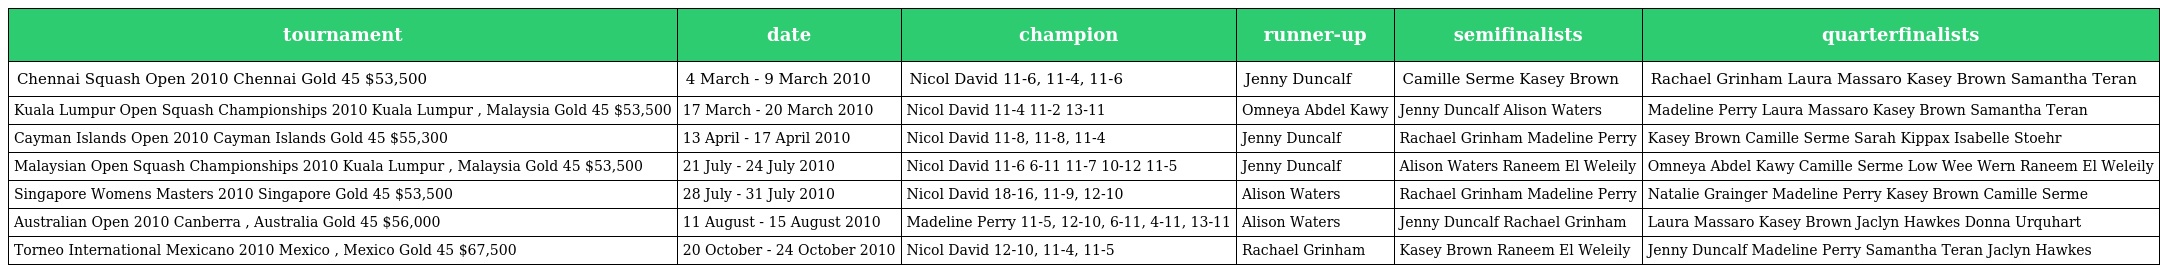
| tournament | date | champion | runner-up | semifinalists | quarterfinalists |
 | --- | --- | --- | --- | --- | --- |
 | Chennai Squash Open 2010 Chennai Gold 45 $53,500 | 4 March - 9 March 2010 | Nicol David 11-6, 11-4, 11-6 | Jenny Duncalf | Camille Serme Kasey Brown | Rachael Grinham Laura Massaro Kasey Brown Samantha Teran |
 | Kuala Lumpur Open Squash Championships 2010 Kuala Lumpur , Malaysia Gold 45 $53,500 | 17 March - 20 March 2010 | Nicol David 11-4 11-2 13-11 | Omneya Abdel Kawy | Jenny Duncalf Alison Waters | Madeline Perry Laura Massaro Kasey Brown Samantha Teran |
 | Cayman Islands Open 2010 Cayman Islands Gold 45 $55,300 | 13 April - 17 April 2010 | Nicol David 11-8, 11-8, 11-4 | Jenny Duncalf | Rachael Grinham Madeline Perry | Kasey Brown Camille Serme Sarah Kippax Isabelle Stoehr |
 | Malaysian Open Squash Championships 2010 Kuala Lumpur , Malaysia Gold 45 $53,500 | 21 July - 24 July 2010 | Nicol David 11-6 6-11 11-7 10-12 11-5 | Jenny Duncalf | Alison Waters Raneem El Weleily | Omneya Abdel Kawy Camille Serme Low Wee Wern Raneem El Weleily |
 | Singapore Womens Masters 2010 Singapore Gold 45 $53,500 | 28 July - 31 July 2010 | Nicol David 18-16, 11-9, 12-10 | Alison Waters | Rachael Grinham Madeline Perry | Natalie Grainger Madeline Perry Kasey Brown Camille Serme |
 | Australian Open 2010 Canberra , Australia Gold 45 $56,000 | 11 August - 15 August 2010 | Madeline Perry 11-5, 12-10, 6-11, 4-11, 13-11 | Alison Waters | Jenny Duncalf Rachael Grinham | Laura Massaro Kasey Brown Jaclyn Hawkes Donna Urquhart |
 | Torneo International Mexicano 2010 Mexico , Mexico Gold 45 $67,500 | 20 October - 24 October 2010 | Nicol David 12-10, 11-4, 11-5 | Rachael Grinham | Kasey Brown Raneem El Weleily | Jenny Duncalf Madeline Perry Samantha Teran Jaclyn Hawkes |